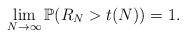
LaTeX: \begin{align*}\lim\limits_{N \rightarrow \infty} \mathbb{P}(R_{N} > t(N)) = 1.\end{align*}